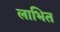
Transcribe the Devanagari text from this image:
लाभित